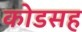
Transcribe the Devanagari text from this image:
कोडसह